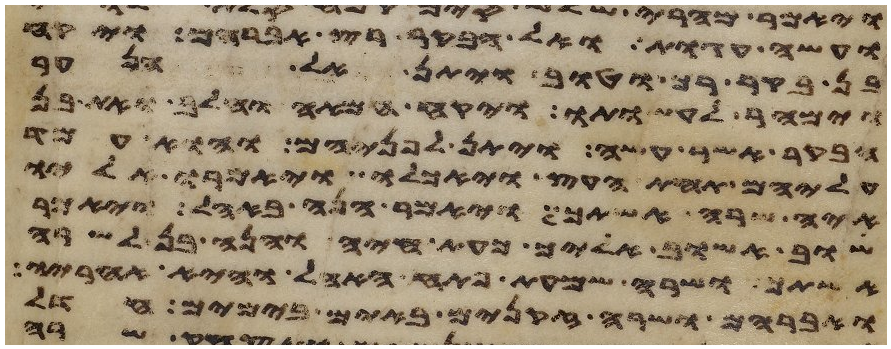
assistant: ועשה עגות ואל הבקר רץ אברהם ויקח
בן בקר רך וטוב ויתן אל הנער
וימהר לעשותו ויקח חמאה וחלב ואת בן
הבקר אשר עשה ויתן לפניהם והוא עמד
עליהם תחת העץ ויאכלו ויאמרו אליו
איה שרה אשתך ויאמר הנה באהל ויאמר
שוב אשוב אליך כעת חיה והנה בן לשרה
אשתך ושרה שמעת פתח האהל והיא אחריו
ואברהם ושרה זקנים באים בימים חדל